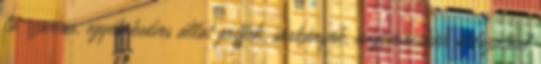
ló, szarvas, egyéb kedves állat griffek, sárkányok, nagymacskák áldozatául